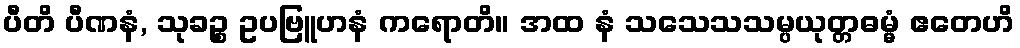
ပီတိ ပီဏနံ, သုခဉ္စ ဥပဗြူဟနံ ကရောတိ။ အထ နံ သသေသသမ္ပယုတ္တဓမ္မံ ဧတေဟိ